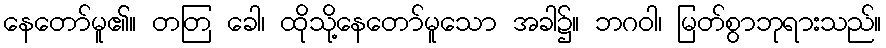
နေတော်မူ၏။ တတြ ခေါ၊ ထိုသို့နေတော်မူသော အခါ၌။ ဘဂဝါ၊ မြတ်စွာဘုရားသည်။